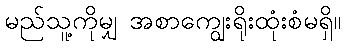
မည်သူ့ကိုမျှ အစာကျွေးရိုးထုံးစံမရှိ။